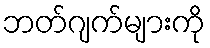
ဘတ်ဂျက်များကို